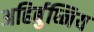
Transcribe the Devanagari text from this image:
अहिर्बुध्निय